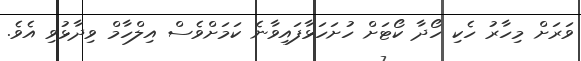
ވަރަށް މިހާރު ހެކި ހޯދާ ކޯޓަށް ހުށަހަޅާފައިވާނެ ކަމަށްވެސް އިލްހާމް ވިދާޅުވި އެވެ.